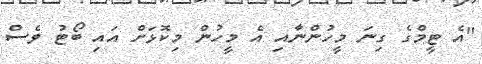
"އެ ޓީމްގެ ގިނަ މީހުންނާއި އެ މީހުން މިކޮޅަށް އައި ބޯޓު ވެސް